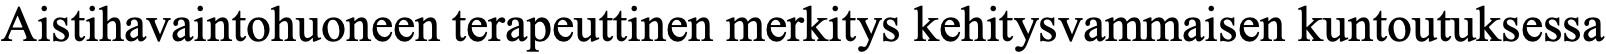
Aistihavaintohuoneen terapeuttinen merkitys kehitysvammaisen kuntoutuksessa